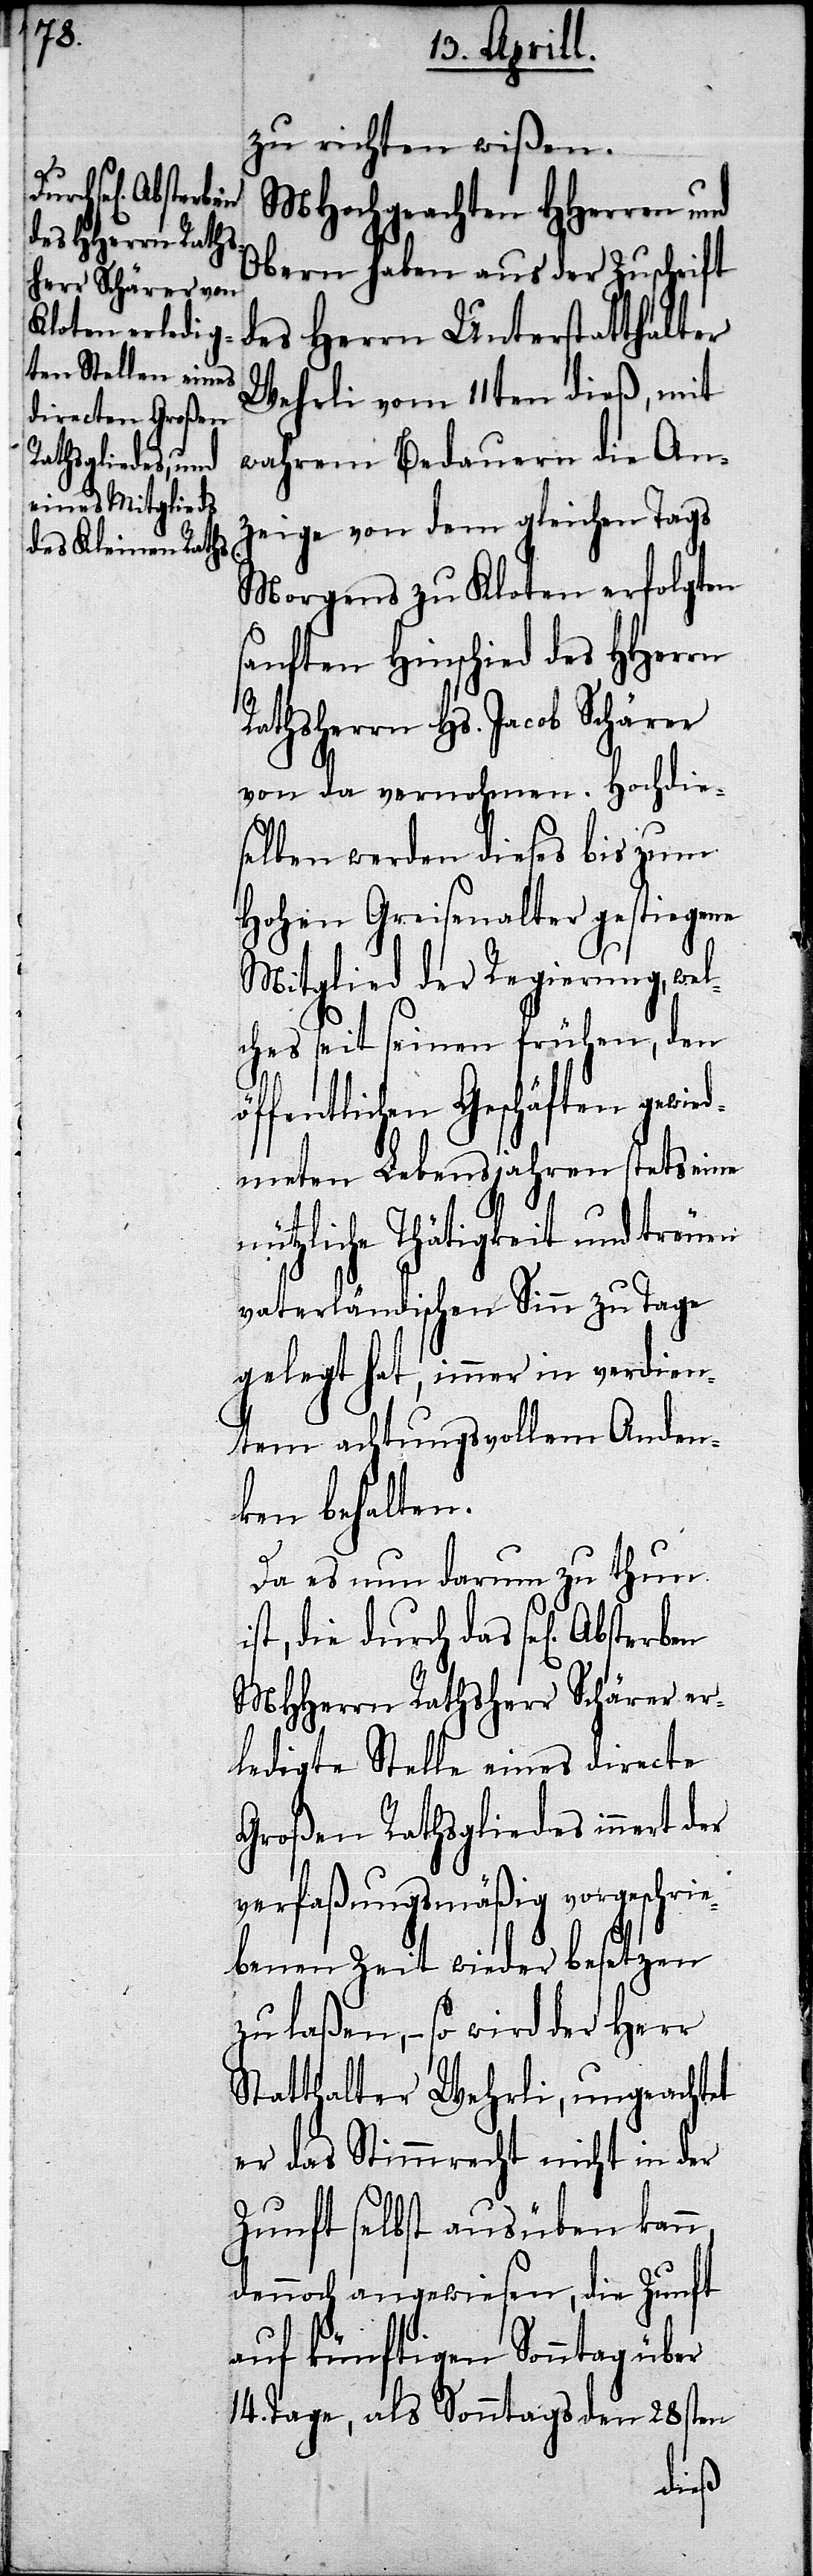
zu richten wißen.
MHochgeachten HHerren und
Obern haben aus der Zuschrift
des Herrn Unterstatthalter
Wehrli vom 11ten dieß, mit
wahrem Bedauern die An¬
zeige von dem gleichen Tags
Morgens zu Kloten erfolgten
sanften Hinschied des HHerrn
Rathsherrn Hs. Jacob Schärer
von da vernohmen. Hochdie¬
selben werden dieses bis zum
Hohen Greisenalter gestiegene
Mitglied der Regierung, we¬
lches seit seinem frühen, den
öffentlichen Geschäften gewie¬
dmeten Lebensjahren stets eine
nützliche Thätigkeit und treuen
vaterländischen Sinn zu Tage
gelegt hat, immer in verdien¬
tem achtungsvollem Anden¬
ken behalten.
Da es nun darum zu thun
ist, die durch das sel[ige].
MHHerren Rathsherr Schärer er¬
ledigte Stelle eines directe
Großen Rathsgliedes innert der
verfaßungsmäßig vorgeschrie¬
benen Zeit wieder besetzen
zu laßen,– so wird der Herr
Statthalter Wehrli, ungeachtet
er das Stimmrecht nicht in der
Zunft selbst ausüben kann,
auf künftigen Sonntag über
14. Tage, als Sonntags den 28sten